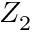
Z _ { 2 }